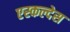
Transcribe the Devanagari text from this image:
एस्कल्देस